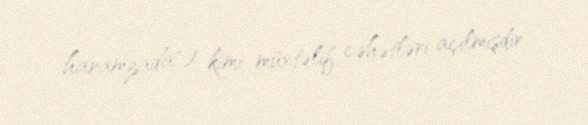
haramzada") kimi müxtəlif cəhətləri açılmışdır.